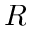
R